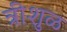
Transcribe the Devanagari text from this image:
त्रीशुळ